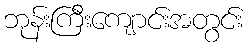
ဘုန်းကြီးကျောင်းအတွင်း